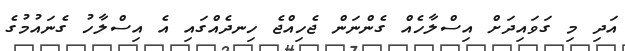
އަދި މި ގަވައިދަށް އިސްލާހެއް ގެންނަން ޖެހިއްޖެ ހިނދެއްގައި އެ އިސްލާހު ގެނައުމުގެ